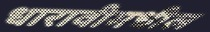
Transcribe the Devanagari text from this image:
धारावीमधील